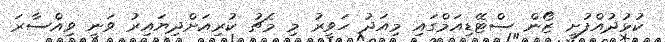
ކުޅުދުއްފުށީ ޒޯން ސްޓޭޑިއަމްގައި މިއަދު ހަވީރު މި މެޗު ކުރިއަށްދިޔައިރު ވަނީ ވިއްސާރަ